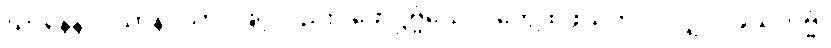
ဃာနေနပိ၊ ဃာနပသာဒဖြင့်လည်း။ ဖောဋ္ဌဗ္ဗံယေဝ၊ တွေ့ထိဖွယ်ကိုပင်လျှင်။ ဖုသိတဗ္ဗံ၊